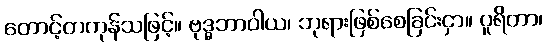
တောင့်တကုန်သဖြင့်။ ဗုဒ္ဓဘာဝါယ၊ ဘုရားဖြစ်စေခြင်းငှာ။ ပူရိတာ၊